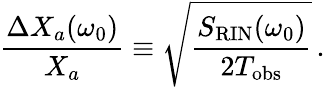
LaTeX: \frac{\Delta X_{a}(\omega_{0})}{X_{a}}\equiv\sqrt{\frac{S_{\mathrm{RIN}}(\omega_{0})}{2T_{\mathrm{obs}}}}\, .